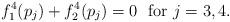
LaTeX: \begin{align*}f_1^4 ( p_j ) + f_2^4 ( p_j ) = 0 \ \ \mbox{for} \ j = 3 , 4 .\end{align*}